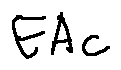
E A c